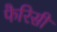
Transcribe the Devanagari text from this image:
फैरिसी